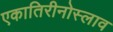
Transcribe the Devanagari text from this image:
एकातिरीनोस्लाव